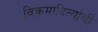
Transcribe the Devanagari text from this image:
विक्रमादित्यांची